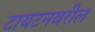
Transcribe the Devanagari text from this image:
टायटनवरील